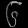
Digit: ၆